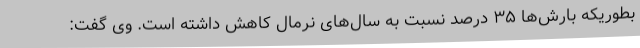
بطوریکه بارش‌ها ۳۵ درصد نسبت به سال‌های نرمال کاهش داشته است. وی گفت: